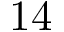
1 4